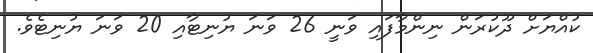
ކުއްޔަށް ދޫކުރަން ނިންމާފައި ވަނީ 26 ވަނަ ޔުނިޓާއި 20 ވަނަ ޔުނިޓެވެ.